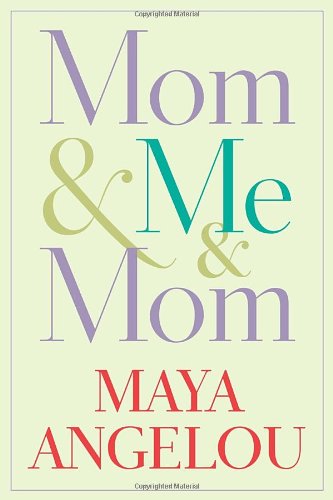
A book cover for Mom & Me & Mom; Maya Angelou; Biographies & Memoirs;